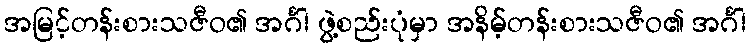
အမြင့်တန်းစားသဇီဝ၏ အင်္ဂါ ဖွဲ့စည်းပုံမှာ အနိမ့်တန်းစားသဇီဝ၏ အင်္ဂါ